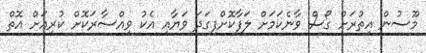
މޫސުން އިތުރަށް ގޯސް ވާނެކަމަށް ލަފާކޮށްފިގަދަ ވަޔާއި އެކު ވިއްސާރަކޮށް ކުރިއަށް އޮތް